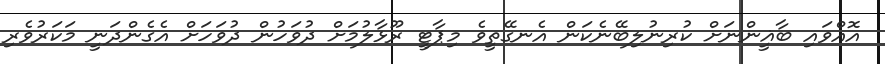
އޮއްވައި ބާޣީންނަށް ކުރިނުލިބޭނެކަން އެނގޭތީވެ މިޕާޓީ ރޫޅާލުމަށް ދުވަހުން ދުވަހަށް އެގެންދަނީ މަކަރުވެރި